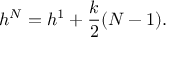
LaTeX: h ^ { N } = h ^ { 1 } + { \frac { k } { 2 } } ( N - 1 ) .